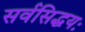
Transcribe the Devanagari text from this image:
सर्वसिद्धयः